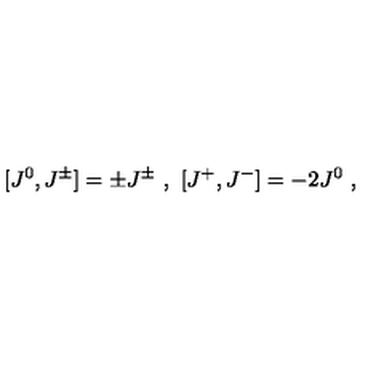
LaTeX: [ J ^ { 0 } , J ^ { \pm } ] = \pm J ^ { \pm } \ , \ [ J ^ { + } , J ^ { - } ] = - 2 J ^ { 0 } \ ,